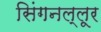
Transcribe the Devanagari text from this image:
सिंगनल्लूर